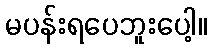
မပန်းရပေဘူးပေါ့။